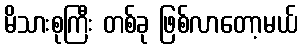
မိသားစုကြီး တစ်ခု ဖြစ်လာတော့မယ်